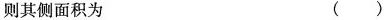
则其侧面积为 ( )